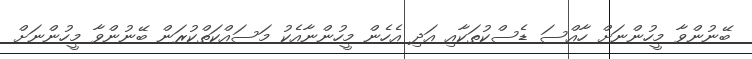
ބޭނުންވާ މީހުންނަށް ހާއްސަ ޑެސްކުތަކާއި އަދި އެހެން މީހުންނާއެކު މަސައްކަތްކުރަން ބޭނުންވާ މީހުންނަށް